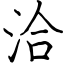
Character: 洽